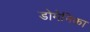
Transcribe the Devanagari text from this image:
डोमेनिका